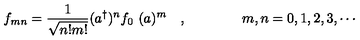
f _ { m n } = \frac { 1 } { \sqrt { n ! m ! } } ( a ^ { \dagger } \* ) ^ { n } f _ { 0 } \ ( \* a ) ^ { m } \quad , \qquad \qquad m , n = 0 , 1 , 2 , 3 , \cdots